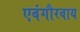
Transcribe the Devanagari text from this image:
एवंगौरवाय